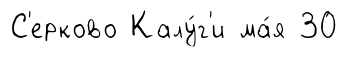
С'ерково Калу́г'и ма́я 30